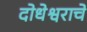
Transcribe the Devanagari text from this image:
दोधेश्वराचे